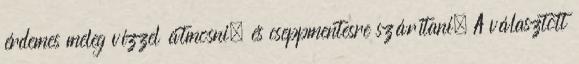
érdemes meleg vízzel átmosni, és cseppmentesre szárítani. A választott